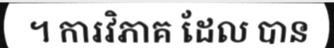
។ ការវិភាគ ដែល បាន